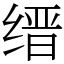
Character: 缙